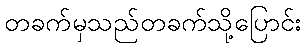
တခက်မှသည်တခက်သို့ပြောင်း